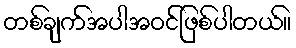
တစ်ချက်အပါအဝင်ဖြစ်ပါတယ်။